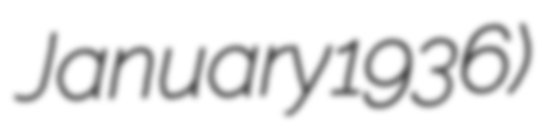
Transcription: January 1936)